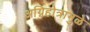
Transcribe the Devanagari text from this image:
अग्निहोत्रामुळे